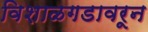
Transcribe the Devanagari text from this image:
विशाळगडावरून